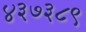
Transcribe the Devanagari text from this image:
४३७३८९